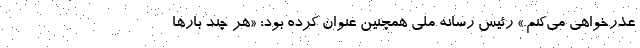
عذرخواهی می‌کنم.» رئیس رسانه ملی همچنین عنوان کرده بود: «هر چند بارها